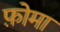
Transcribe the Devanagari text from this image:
फ़ोमा